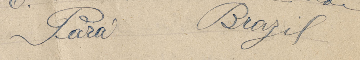
Parà  Brazil